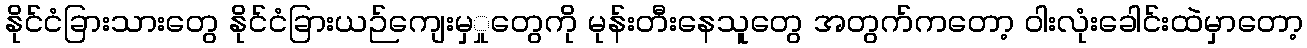
နိုင်ငံခြားသားတွေ နိုင်ငံခြားယဉ်ကျေးမှှုတွေကို မုန်းတီးနေသူတွေ အတွက်ကတော့ ဝါးလုံးခေါင်းထဲမှာတော့